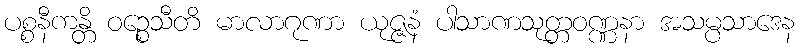
ပစ္စနီကန္တိ ဝဉ္စေသီတိ မာလာဂုဏာ ယုဇ္ဇနံ ပါသာဏသုတ္တဝဏ္ဏနာ အသမ္ပသာဒေန